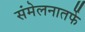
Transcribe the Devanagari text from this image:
संमेलनातर्फे